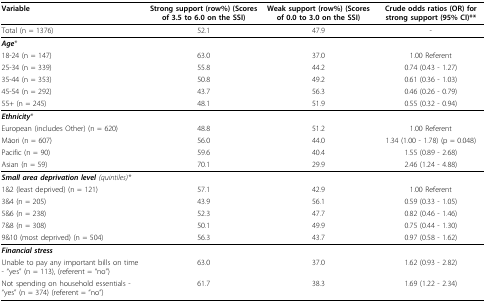
<table><thead><tr><td><b>Variable</b></td><td><b>Strong support (row%) (Scores of 3.5 to 6.0 on the SSI)</b></td><td><b>Weak support (row%) (Scores of 0.0 to 3.0 on the SSI)</b></td><td><b>Crude odds ratios (OR) for strong support (95% CI)**</b></td></tr></thead><tbody><tr><td>Total (n = 1376)</td><td>52.1</td><td>47.9</td><td>-</td></tr><tr><td><b><i>Age</i></b>*</td><td></td><td></td><td></td></tr><tr><td>18-24 (n = 147)</td><td>63.0</td><td>37.0</td><td>1.00 Referent</td></tr><tr><td>25-34 (n = 339)</td><td>55.8</td><td>44.2</td><td>0.74 (0.43 - 1.27)</td></tr><tr><td>35-44 (n = 353)</td><td>50.8</td><td>49.2</td><td>0.61 (0.36 - 1.03)</td></tr><tr><td>45-54 (n = 292)</td><td>43.7</td><td>56.3</td><td>0.46 (0.26 - 0.79)</td></tr><tr><td>55+ (n = 245)</td><td>48.1</td><td>51.9</td><td>0.55 (0.32 - 0.94)</td></tr><tr><td><b><i>Ethnicity</i></b>*</td><td></td><td></td><td></td></tr><tr><td>European (includes Other) (n = 620)</td><td>48.8</td><td>51.2</td><td>1.00 Referent</td></tr><tr><td>Māori (n = 607)</td><td>56.0</td><td>44.0</td><td>1.34 (1.00 - 1.78) (p = 0.048)</td></tr><tr><td>Pacific (n = 90)</td><td>59.6</td><td>40.4</td><td>1.55 (0.89 - 2.68)</td></tr><tr><td>Asian (n = 59)</td><td>70.1</td><td>29.9</td><td>2.46 (1.24 - 4.88)</td></tr><tr><td><b><i>Small area deprivation level </i></b><i>(quintiles)*</i></td><td></td><td></td><td></td></tr><tr><td>1&amp;2 (least deprived) (n = 121)</td><td>57.1</td><td>42.9</td><td>1.00 Referent</td></tr><tr><td>3&amp;4 (n = 205)</td><td>43.9</td><td>56.1</td><td>0.59 (0.33 - 1.05)</td></tr><tr><td>5&amp;6 (n = 238)</td><td>52.3</td><td>47.7</td><td>0.82 (0.46 - 1.46)</td></tr><tr><td>7&amp;8 (n = 308)</td><td>50.1</td><td>49.9</td><td>0.75 (0.44 - 1.30)</td></tr><tr><td>9&amp;10 (most deprived) (n = 504)</td><td>56.3</td><td>43.7</td><td>0.97 (0.58 - 1.62)</td></tr><tr><td><b><i>Financial stress</i></b></td><td></td><td></td><td></td></tr><tr><td>Unable to pay any important bills on time - &quot;yes&quot; (n = 113), (referent = &quot;no&quot;)</td><td>63.0</td><td>37.0</td><td>1.62 (0.93 - 2.82)</td></tr><tr><td>Not spending on household essentials - &quot;yes&quot; (n = 374) (referent = &quot;no&quot;)</td><td>61.7</td><td>38.3</td><td>1.69 (1.22 - 2.34)</td></tr></tbody></table>